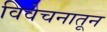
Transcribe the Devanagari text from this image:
विवेचनातून